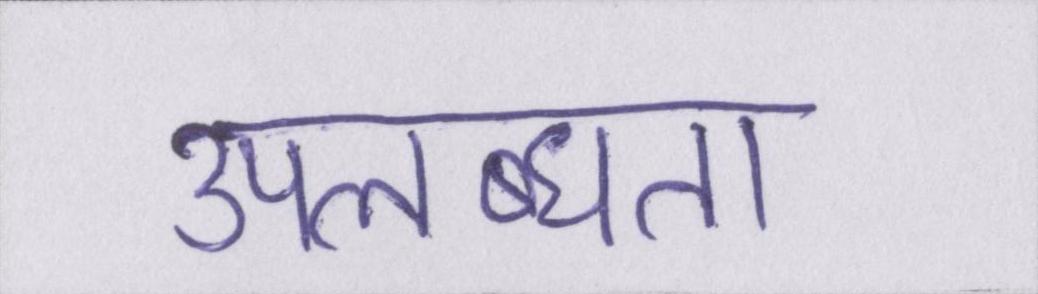
उपलब्धता